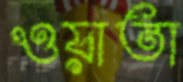
ওয়াতা